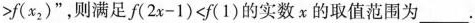
>f(x_{2})$$”，则满足$$f(2x-1)<f(1)$$的实数x的取值范围为_____.